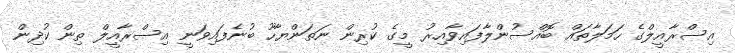
އިސްރާއީލްގެ ހަމަލާތައް ބޮއްސުންލާފައިވާއިރު މީގެ ކުރިން ނަތަންޔާހޫ ބުނެފައިވަނީ އިސްރާއީލް ތިން ކުދިން